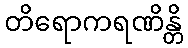
တိရောကရဏိန္တိ